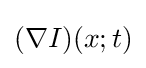
(\nabla I)(x;t)